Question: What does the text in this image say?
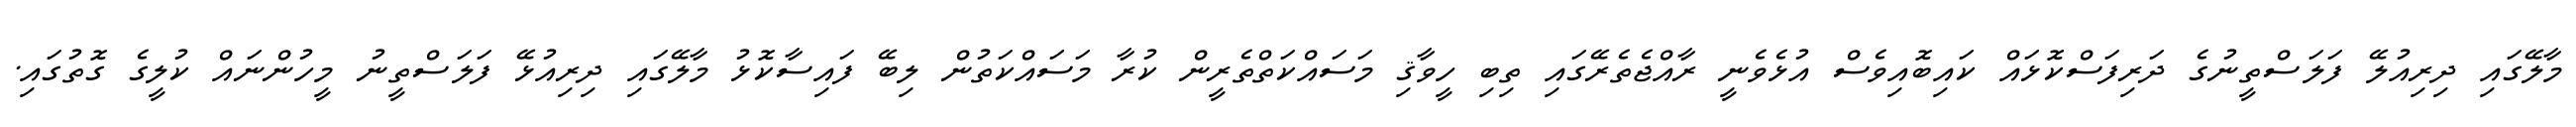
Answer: މާލޭގައި ދިރިއުލޭ ފަލަސްތީނުގެ ދަރިފަސްކޮޅައް ކައިބޮއިވެސް އުޅެވެނީ ރާއްޖެތެރޭގައި ތިބި ހީވާޤި މަސައްކަތްތެރީން ކުރާ މަސައްކަތުން ލިބޭ ފައިސާކޮޅު މާލޭގައި ދިރިއުޅޭ ފަލަސްތީނު މީހުންނައް ކުލީގެ ގޮތުގައި.